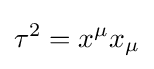
\tau ^{2}=x^{\mu }x_{\mu }